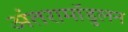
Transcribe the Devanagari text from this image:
अंतरामॉडुलन